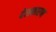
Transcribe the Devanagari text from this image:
देशकारण